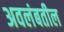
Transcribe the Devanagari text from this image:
अवलंबतील